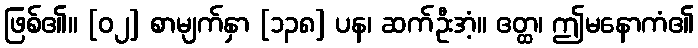
ဖြစ်၏။ [၀၂] စာမျက်နှာ [၁၃၈] ပန၊ ဆက်ဦးအံ့။ ဧတ္ထ၊ ဤမနောကံ၏